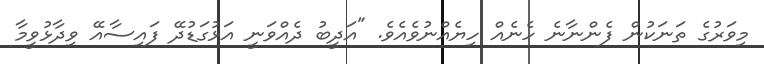
މިވަރުގެ ތަނަކުން ފެންނާނެ ހެނެއް ހިޔެއްނުވެއެވެ. "އަދީބު ދެއްވަނީ އަޅުގަޑުދޭ ފައިސާއޭ ވިދާޅުވީމާ